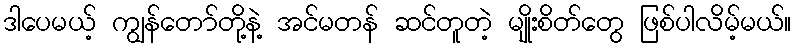
ဒါပေမယ့် ကျွန်တော်တို့နဲ့ အင်မတန် ဆင်တူတဲ့ မျိုးစိတ်တွေ ဖြစ်ပါလိမ့်မယ်။